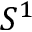
S ^ { 1 }